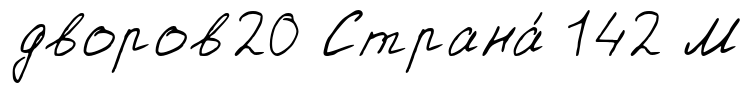
дворов20 Страна́ 142 М